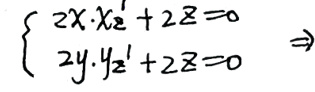
\left\{
\begin{array}{l}
2x \cdot x_{2}' + 2z = 0\\
2y \cdot y_{2}' + 2z = 0
\end{array}
\right\}
\Rightarrow